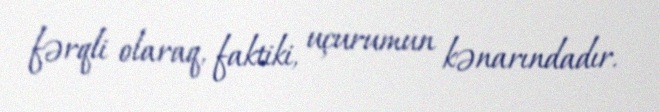
fərqli olaraq, faktiki, uçurumun kənarındadır.